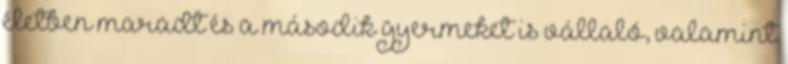
életben maradt és a második gyermeket is vállaló, valamint